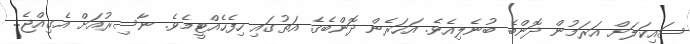
ސައިކަލަށް އަރަމުން ދޮންބެ ބުނެލިއެވެ. އަހަރެން ދޮންބެގެ އަތުގައި ހިފެހެއްޓީމެވެ. ނާސިރުއަށް އެގިއްޖެ..